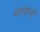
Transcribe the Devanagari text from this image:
परासनी